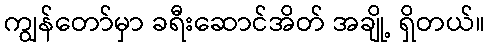
ကျွန်တော်မှာ ခရီးဆောင်အိတ် အချို့ ရှိတယ်။